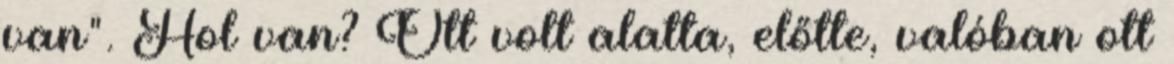
van". Hol van? Ott volt alatta, előtte, valóban ott